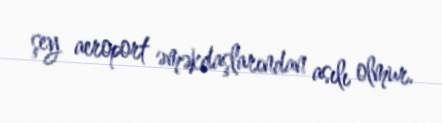
şey aeroport əməkdaşlarından asılı olmur.